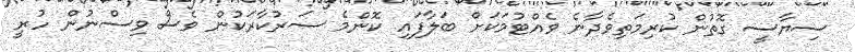
ސިޔާސީ ގޮތުން ކުރިމަތިވެދާނެ ވެއްޓުމަކަށް ބަލާފައި ކޮންމެ ސަރުކާރަކުން ވެސް ވިސްނުން ހުރީ